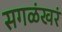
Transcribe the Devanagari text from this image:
सगळंखरं